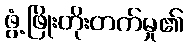
ဖွံ့ဖြိုးတိုးတက်မှု၏